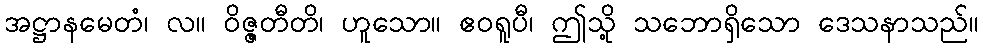
အဋ္ဌာနမေတံ၊ လ။ ဝိဇ္ဇတီတိ၊ ဟူသော။ ဧဝရူပီ၊ ဤသို့ သဘောရှိသော ဒေသနာသည်။